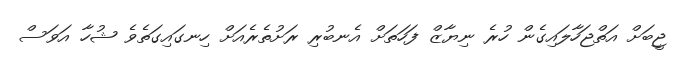
ޖީބަށް އަތްޖަހާލައިގެން ހުރެ ނިޔާޒް ފަހަތަށް އެނބުރި ރަށުތެރެއަށް ހިނގައިގަތެވެ ޝުހާ އަވަސް